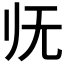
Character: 𰕰